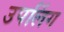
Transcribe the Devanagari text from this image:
उपलिंग